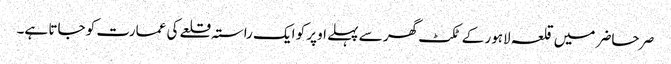
صر حاضر میں قلعہ لاہور کے ٹکٹ گھر سے پہلے اوپر کو ایک راستہ قلعے کی عمارت کو جاتا ہے۔